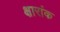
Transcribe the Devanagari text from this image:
क्षारांक